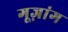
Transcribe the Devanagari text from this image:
गूज़ांग